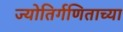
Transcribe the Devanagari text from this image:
ज्योतिर्गणिताच्या